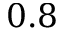
0 . 8